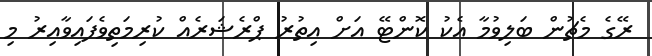
ރޭގެ މެޗުން ބަލިވުމާ އެކު ކޮންޓޭ އަށް އިތުރު ޕްރެޝަރެއް ކުރިމަތިވެފައިވާއިރު މި